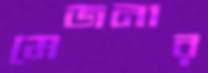
মেজনার